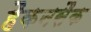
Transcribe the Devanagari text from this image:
हैकनसैक